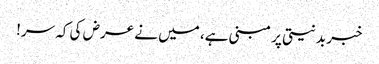
خبر بدنیتی پر مبنی ہے، میں نے عرض کی کہ سر!